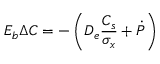
E _ { b } \Delta C = - \left( D _ { e } \frac { C _ { s } } { \sigma _ { x } } + \dot { P } \right)